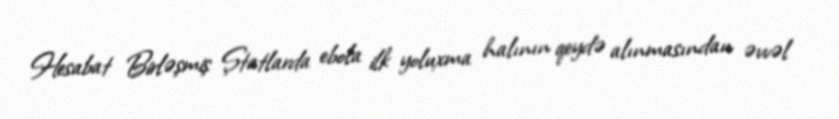
Hesabat Birləşmiş Ştatlarda ebola ilk yoluxma halının qeydə alınmasından əvvəl